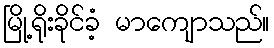
မြို့ရိုးခိုင်ခံ့ မာကျောသည်။